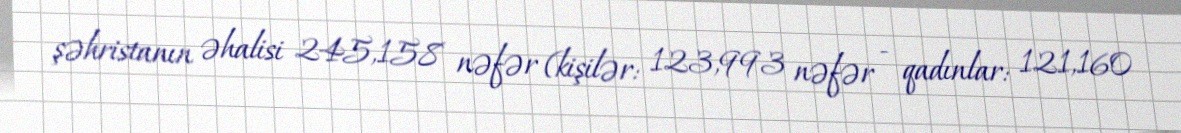
şəhristanın əhalisi 245,158 nəfər (kişilər: 123,993 nəfər - qadınlar: 121,160